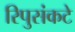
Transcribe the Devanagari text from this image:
रिपुसंकटे